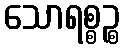
သောရစ္စဉ္စ